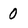
Character: O